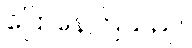
ပြောနေကြသည်။